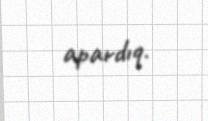
apardıq.